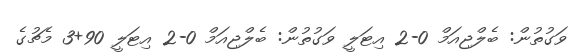
ވަގުތުން: ބެލްޖިއަމް 0-2 އިޓަލީ ވަގުތުން: ބެލްޖިއަމް 0-2 އިޓަލީ 90+3 މެޗުގެ